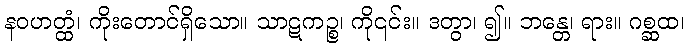
နဝဟတ္ထံ၊ ကိုးတောင်ရှိသော။ သာဋကဉ္စ၊ ကို၎င်း။ ဒတွာ၊ ၍။ ဘန္တေ၊ ရား။ ဂစ္ဆထ၊